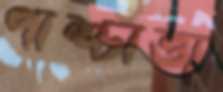
পাশ্চাত্ত্য